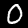
Label: 0